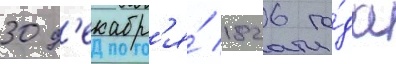
30 д'екабр'я́ 1826 го́да